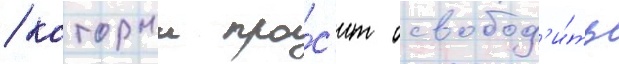
/ которыи про́с'ит освобод'и́ть